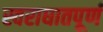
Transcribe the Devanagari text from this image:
स्वराघातपूर्ण